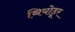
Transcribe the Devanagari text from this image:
थियोडूर